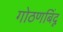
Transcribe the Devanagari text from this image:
गोठणबिंदू